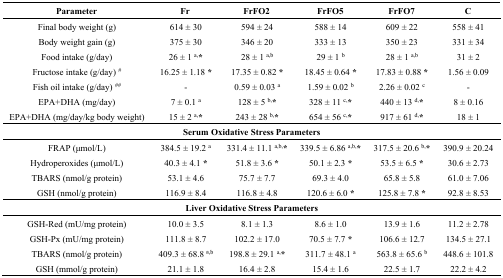
<table><thead><tr><td><b>Parameter</b></td><td><b>Fr</b></td><td><b>FrFO2</b></td><td><b>FrFO5</b></td><td><b>FrFO7</b></td><td><b>C</b></td></tr></thead><tbody><tr><td>Final body weight (g)</td><td>614 ± 30</td><td>594 ± 24</td><td>588 ± 14</td><td>609 ± 22</td><td>558 ± 41</td></tr><tr><td>Body weight gain (g)</td><td>375 ± 30</td><td>346 ± 20</td><td>333 ± 13</td><td>350 ± 23</td><td>331 ± 34</td></tr><tr><td>Food intake (g/day)</td><td>26 ± 1 <sup>a,</sup>*</td><td>28 ± 1 <sup>a,b</sup></td><td>29 ± 1 <sup>b</sup></td><td>28 ± 1 <sup>a,b</sup></td><td>31 ± 2</td></tr><tr><td>Fructose intake (g/day) <sup>#</sup></td><td>16.25 ± 1.18 *</td><td>17.35 ± 0.82 *</td><td>18.45 ± 0.64 *</td><td>17.83 ± 0.88 *</td><td>1.56 ± 0.09</td></tr><tr><td>Fish oil intake (g/day) <sup>##</sup></td><td>-</td><td>0.59 ± 0.03 <sup>a</sup></td><td>1.59 ± 0.02 <sup>b</sup></td><td>2.26 ± 0.02 <sup>c</sup></td><td>-</td></tr><tr><td>EPA+DHA (mg/day)</td><td>7 ± 0.1 <sup>a</sup></td><td>128 ± 5 <sup>b,</sup>*</td><td>328 ± 11 <sup>c,</sup>*</td><td>440 ± 13 <sup>d,</sup>*</td><td>8 ± 0.16</td></tr><tr><td>EPA+DHA (mg/day/kg body weight)</td><td>15 ± 2 <sup>a,</sup>*</td><td>243 ± 28 <sup>b,</sup>*</td><td>654 ± 56 <sup>c,</sup>*</td><td>917 ± 61 <sup>d,</sup>*</td><td>18 ± 1</td></tr><tr><td colspan="6"><b>Serum Oxidative Stress Parameters</b></td></tr><tr><td>FRAP (μmol/L)</td><td>384.5 ± 19.2 <sup>a</sup></td><td>331.4 ± 11.1 <sup>a,b,</sup>*</td><td>339.5 ± 6.86 <sup>a,b,</sup>*</td><td>317.5 ± 20.6 <sup>b,</sup>*</td><td>390.9 ± 20.24</td></tr><tr><td>Hydroperoxides (μmol/L)</td><td>40.3 ± 4.1 *</td><td>51.8 ± 3.6 *</td><td>50.1 ± 2.3 *</td><td>53.5 ± 6.5 *</td><td>30.6 ± 2.73</td></tr><tr><td>TBARS (nmol/g protein)</td><td>53.1 ± 4.6</td><td>75.7 ± 7.7</td><td>69.3 ± 4.0</td><td>65.8 ± 5.8</td><td>61.0 ± 7.06</td></tr><tr><td>GSH (nmol/g protein)</td><td>116.9 ± 8.4</td><td>116.8 ± 4.8</td><td>120.6 ± 6.0 *</td><td>125.8 ± 7.8 *</td><td>92.8 ± 8.53</td></tr><tr><td colspan="6"><b>Liver Oxidative Stress Parameters</b></td></tr><tr><td>GSH-Red (mU/mg protein)</td><td>10.0 ± 3.5</td><td>8.1 ± 1.3</td><td>8.6 ± 1.0</td><td>13.9 ± 1.6</td><td>11.2 ± 2.78</td></tr><tr><td>GSH-Px (mU/mg protein)</td><td>111.8 ± 8.7</td><td>102.2 ± 17.0</td><td>70.5 ± 7.7 *</td><td>106.6 ± 12.7</td><td>134.5 ± 27.1</td></tr><tr><td>TBARS (nmol/g protein)</td><td>409.3 ± 68.8 a<sup>,b</sup></td><td>198.8 ± 29.1 <sup>a,</sup>*</td><td>311.7 ± 48.1 <sup>a</sup></td><td>563.8 ± 65.6 <sup>b</sup></td><td>448.6 ± 101.8</td></tr><tr><td>GSH (mmol/g protein)</td><td>21.1 ± 1.8</td><td>16.4 ± 2.8</td><td>15.4 ± 1.6</td><td>22.5 ± 1.7</td><td>22.2 ± 4.2</td></tr></tbody></table>